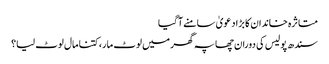
متاثرہ خاندان کا بڑا دعویٰ سامنے آگیا
سندھ پولیس کی دوران چھاپہ گھر میں لوٹ مار، کتنا مال لوٹ لیا؟